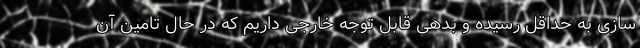
سازی به حداقل رسیده و بدهی قابل توجه خارجی داریم که در حال تامین آن